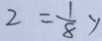
2 = \frac { 1 } { 8 } y